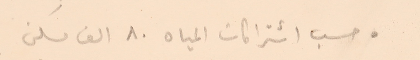
● حسب اشتراكات المياه ٨٠ الف مسكن